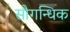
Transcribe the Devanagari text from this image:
सौगन्धिक